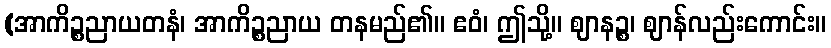
(အာကိဉ္စညာယတနံ၊ အာကိဉ္စညာယ တနမည်၏။ ဧဝံ၊ ဤသို့။ ဈာနဉ္စ၊ ဈာန်လည်းကောင်း။